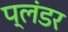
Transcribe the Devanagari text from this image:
प्लंडर